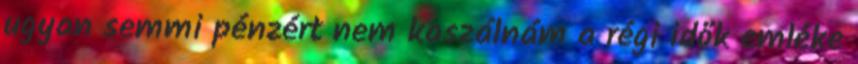
ugyan semmi pénzért nem kaszálnám a régi idők emléke